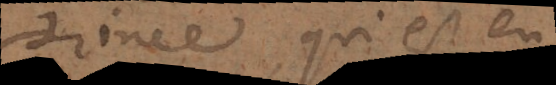
Prince, qui est en